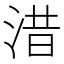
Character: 㳻